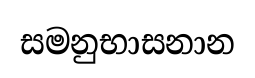
සමනුභාසනාන